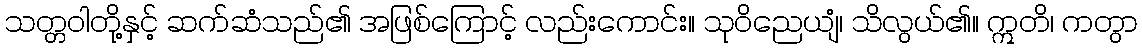
သတ္တဝါတို့နှင့် ဆက်ဆံသည်၏ အဖြစ်ကြောင့် လည်းကောင်း။ သုဝိညေယျံ၊ သိလွယ်၏။ ဣတိ၊ ကတွာ